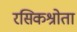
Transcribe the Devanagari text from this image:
रसिकश्रोता